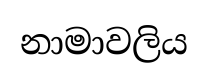
නාමාවලිය